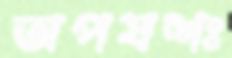
অপযশঃ